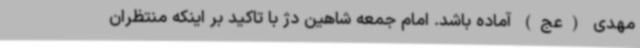
مهدی (عج) آماده باشد. امام جمعه شاهین دژ با تاکید بر اینکه منتظران